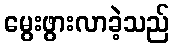
မွေးဖွားလာခဲ့သည်